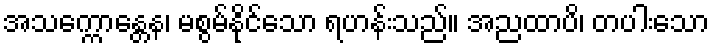
အသက္ကောန္တေန၊ မစွမ်နိုင်သော ရဟန်းသည်။ အညထာပိ၊ တပါးသော